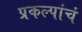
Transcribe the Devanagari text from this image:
प्रकल्पांचं